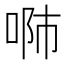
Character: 𠶴